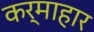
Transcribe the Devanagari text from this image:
कर्माहार